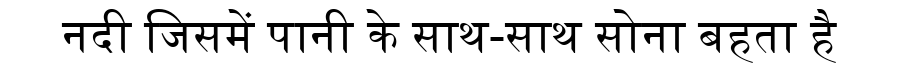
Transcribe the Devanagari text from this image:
नदी जिसमें पानी के साथ-साथ सोना बहता है